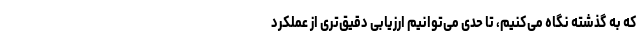
که به گذشته نگاه می‌کنیم، تا حدی می‌توانیم ارزیابی دقیق‌تری از عملکرد